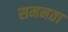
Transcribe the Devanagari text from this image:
समनता